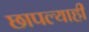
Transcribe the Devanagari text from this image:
छापल्याही